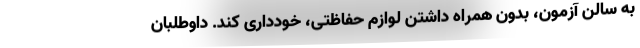
به سالن آزمون، بدون همراه داشتن لوازم حفاظتی، خودداری کند. داوطلبان